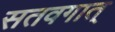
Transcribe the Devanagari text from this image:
सतवगात्